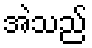
အဲသည်